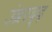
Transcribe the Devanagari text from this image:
उंब्ररद्द